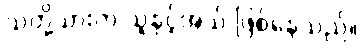
သတို့သားက သူနှင့်အသိ ဖြစ်နေသည်။